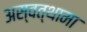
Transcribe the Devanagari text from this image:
अस्वत्थामा